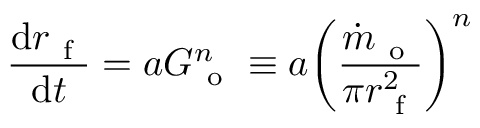
\frac { \mathrm { d } r _ { \mathrm { ~ f ~ } } } { \mathrm { d } t } = a G _ { \mathrm { ~ o ~ } } ^ { n } \equiv a \bigg ( \frac { \dot { m } _ { \mathrm { ~ o ~ } } } { \pi r _ { \mathrm { ~ f ~ } } ^ { 2 } } \bigg ) ^ { n }